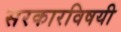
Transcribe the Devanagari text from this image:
सरकारविषयी